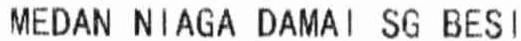
MEDAN NIAGA DAMAI SG BESI